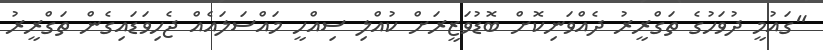
"ގައުމީ ދުވަހުގެ ތަގްރީރު ދެއްވަނިކޮށް ބޮޑުވަޒީރަށް ކުއްލި ސިއްހީ މައްސަލައެއް ޖެހިވަޑައިގެން ތަގްރީރު